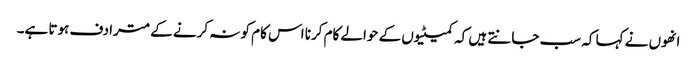
انھوں نے کہا کہ سب جانتے ہیں کہ کمیٹیوں کے حوالے کام کرنا اس کام کو نہ کرنے کے مترادف ہوتا ہے۔